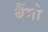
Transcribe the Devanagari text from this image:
बैंगो